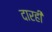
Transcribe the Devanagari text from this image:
दारही